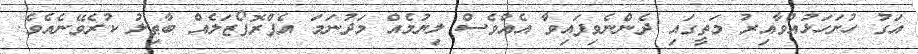
އަގު ހުށަހަޅުއްވާއިރު މަތީގައި ދެންނެވިފައިވާ އެއްވެސް ލިޔުމެއް މަދުނަމަ އެޕްރޮޕޯޒަލެއް ބާޠިލު ކުރެވޭނެއެވެ.